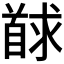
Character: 𮩢